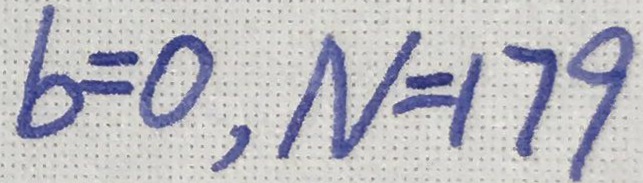
b = 0 , N = 1 7 9